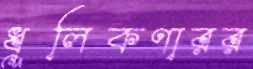
ধূলিকণারর